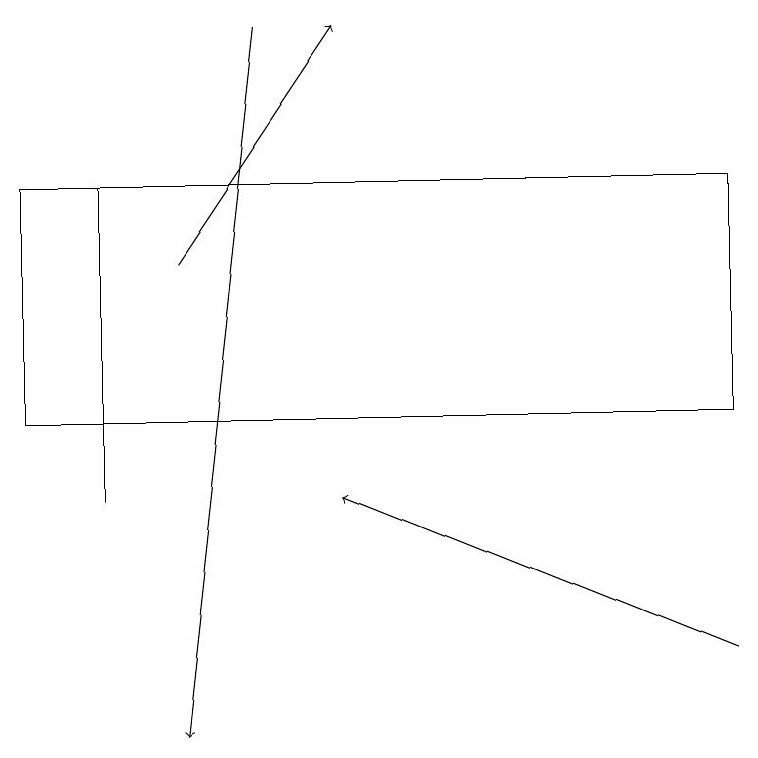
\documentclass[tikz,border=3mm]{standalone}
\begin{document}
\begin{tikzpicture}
\draw (1,13) rectangle (1,17);
\draw[->] (9,11) -- (4,13);
\draw[->] (2,16) -- (4,19);
\draw[->] (3,19) -- (2,10);
\draw (9,17) rectangle (0,14);
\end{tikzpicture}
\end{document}